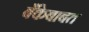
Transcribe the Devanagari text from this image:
बँकेबाबत